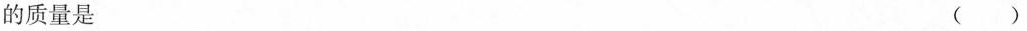
的质量是 ( )